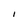
Character: I